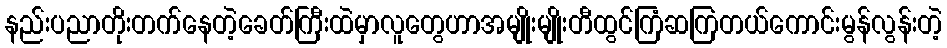
နည်းပညာတိုးတက်နေတဲ့ခေတ်ကြီးထဲမှာလူတွေဟာအမျိုးမျိုးတီထွင်ကြံဆကြတယ်ကောင်းမွန်လွန်းတဲ့